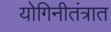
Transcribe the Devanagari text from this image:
योगिनीतंत्रात